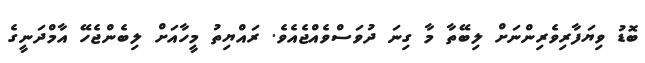
ބޮޑު ވިޔަފާރިވެރިންނަށް ލިބޭތާ މާ ގިނަ ދުވަސްވެއްޖެއެވެ. ރައްޔިތު މީހާއަށް ލިބެންޖެހޭ އާމްދަނީގެ